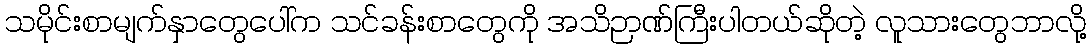
သမိုင်းစာမျက်နှာတွေပေါ်က သင်ခန်းစာတွေကို အသိဉာဏ်ကြီးပါတယ်ဆိုတဲ့ လူသားတွေဘာလို့